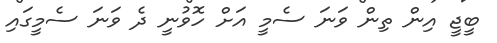
ބީޖީ އިން ތިން ވަނަ ސެމީ އަށް ހޮވުނީ ދެ ވަނަ ސެމީގައި